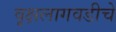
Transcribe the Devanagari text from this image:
वृक्षलागवडीचे